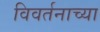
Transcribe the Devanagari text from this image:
विवर्तनाच्या